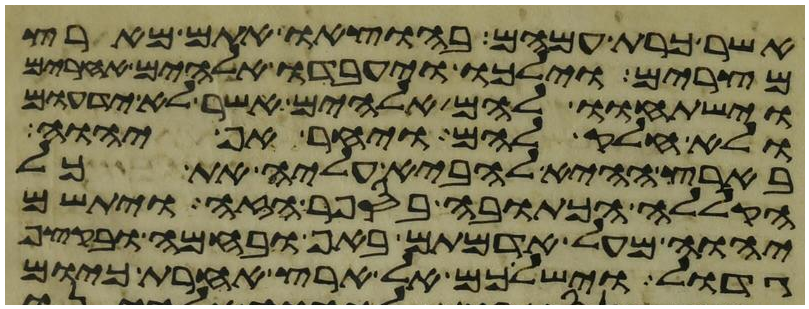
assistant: אשר כרת עמהם בהוצאו אתם מארץ
מצרים וילכו ויעבדו אלהים אחרים
וישתחוו להם אלהים אשר לא ידעום
ולא חלק להם ויחר אף יהוה
בארץ ההיא להביא עליה את כל
הקללה הכתובה בספר הזה ויתשם
יהוה מעל אדמתם באף ובחמה ובקצף
גדול וישלכם אל ארץ אחרת כיום